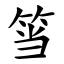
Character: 筜